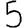
Digit: 5